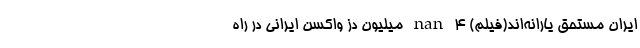
ایران مستحق یارانه‌اند(فیلم) nan ۴ میلیون دز واکسن ایرانی در راه